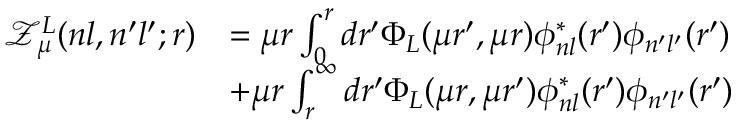
\begin{array} { r l } { \mathcal { Z } _ { \mu } ^ { L } ( n l , n ^ { \prime } l ^ { \prime } ; r ) } & { = \mu r \int _ { 0 } ^ { r } d r ^ { \prime } \Phi _ { L } ( \mu r ^ { \prime } , \mu r ) \phi _ { n l } ^ { * } ( r ^ { \prime } ) \phi _ { n ^ { \prime } l ^ { \prime } } ( r ^ { \prime } ) } \\ & { + \mu r \int _ { r } ^ { \infty } d r ^ { \prime } \Phi _ { L } ( \mu r , \mu r ^ { \prime } ) \phi _ { n l } ^ { * } ( r ^ { \prime } ) \phi _ { n ^ { \prime } l ^ { \prime } } ( r ^ { \prime } ) } \end{array}